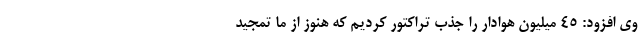
وی افزود: ۴۵ میلیون هوادار را جذب تراکتور کردیم که هنوز از ما تمجید